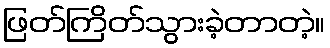
ဖြတ်ကြိတ်သွားခဲ့တာတဲ့။